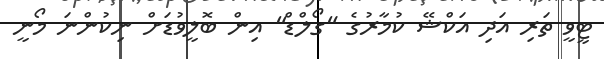
ޓީވީ ތަރި އަދި އަކްޝޭ ކުމާރުގެ "ގޯލްޑް" އިން ބޮލީވުޑަށް ނިކުންނަ މޯނީ